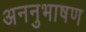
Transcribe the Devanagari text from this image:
अननुभाषण